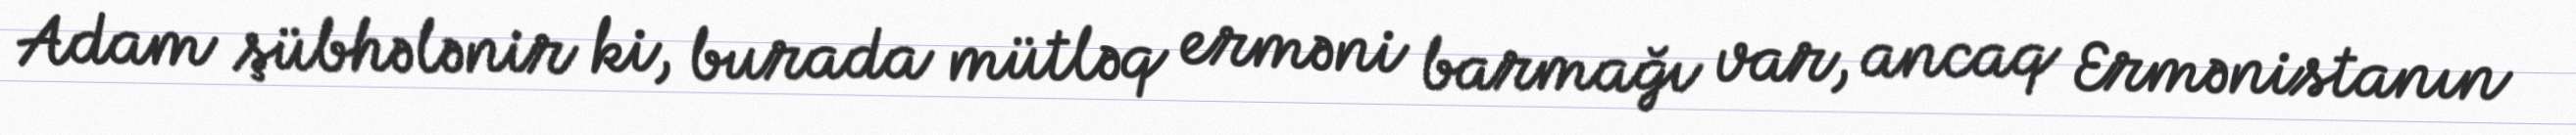
Adam şübhələnir ki, burada mütləq erməni barmağı var, ancaq Ermənistanın